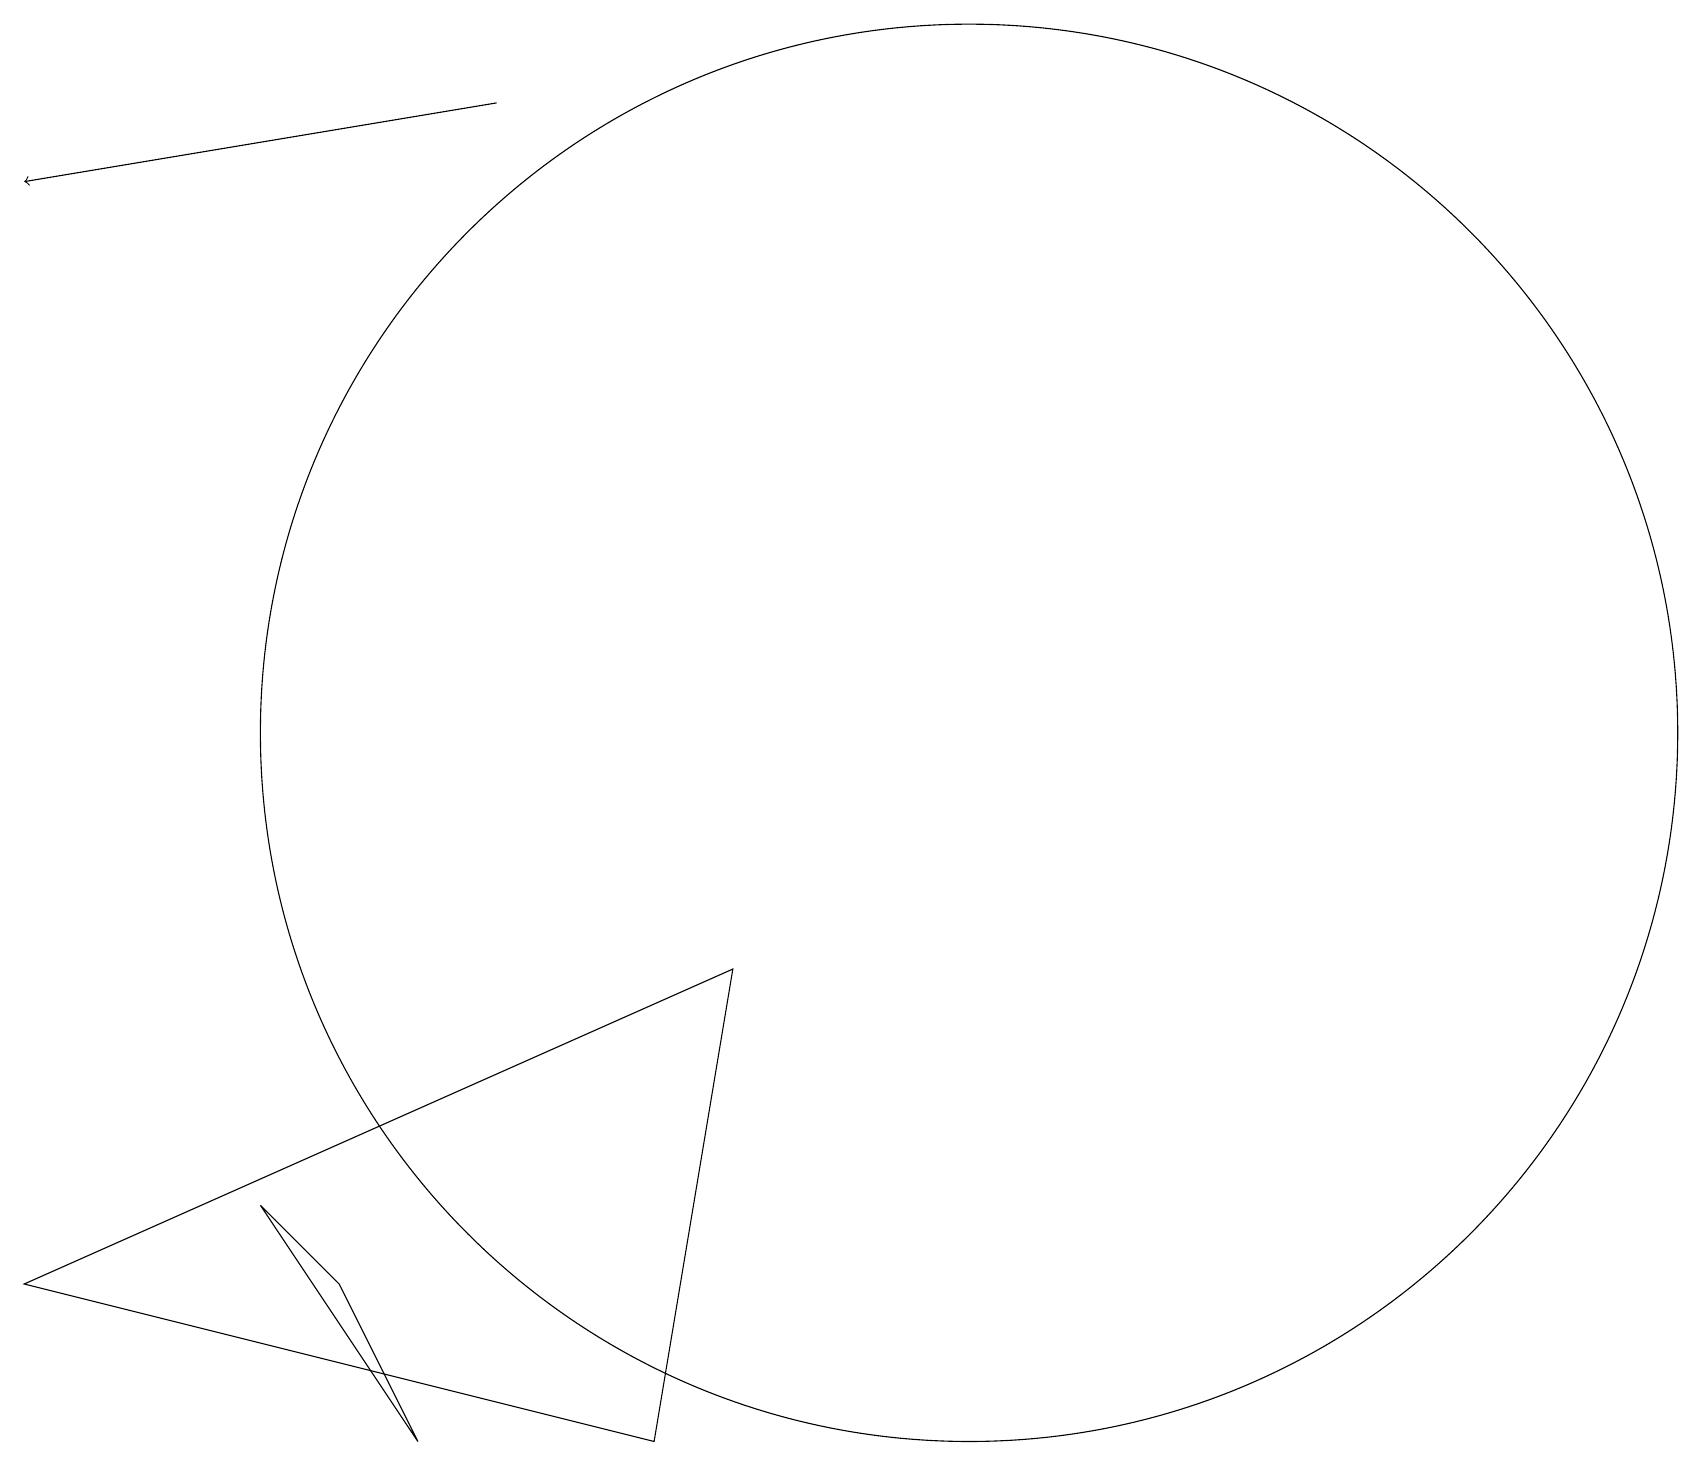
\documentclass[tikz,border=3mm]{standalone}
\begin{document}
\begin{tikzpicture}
\draw[->] (6,19) -- (0,18);
\draw (10,10) circle (0);
\draw (4,4) -- (3,5) -- (5,2) -- cycle;
\draw (9,8) -- (8,2) -- (0,4) -- cycle;
\draw (12,11) circle (9);
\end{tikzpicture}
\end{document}